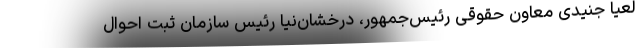
لعیا جنیدی معاون حقوقی رئیس‌جمهور، درخشان‌نیا رئیس سازمان ثبت احوال